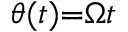
\theta ( t ) { = } \Omega t